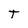
Character: T